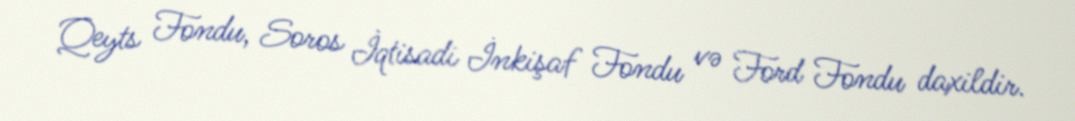
Qeyts Fondu, Soros İqtisadi İnkişaf Fondu və Ford Fondu daxildir.